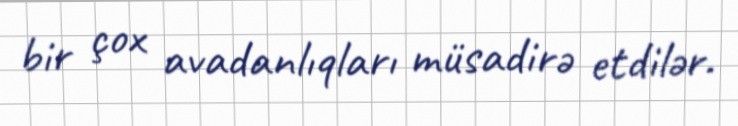
bir çox avadanlıqları müsadirə etdilər.